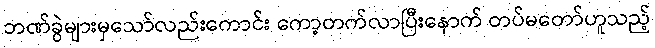
ဘဏ်ခွဲများမှသော်လည်းကောင်း ကော့တက်လာပြီးနောက် တပ်မတော်ဟူသည့်